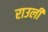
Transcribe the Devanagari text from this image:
राउली